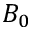
B _ { 0 }